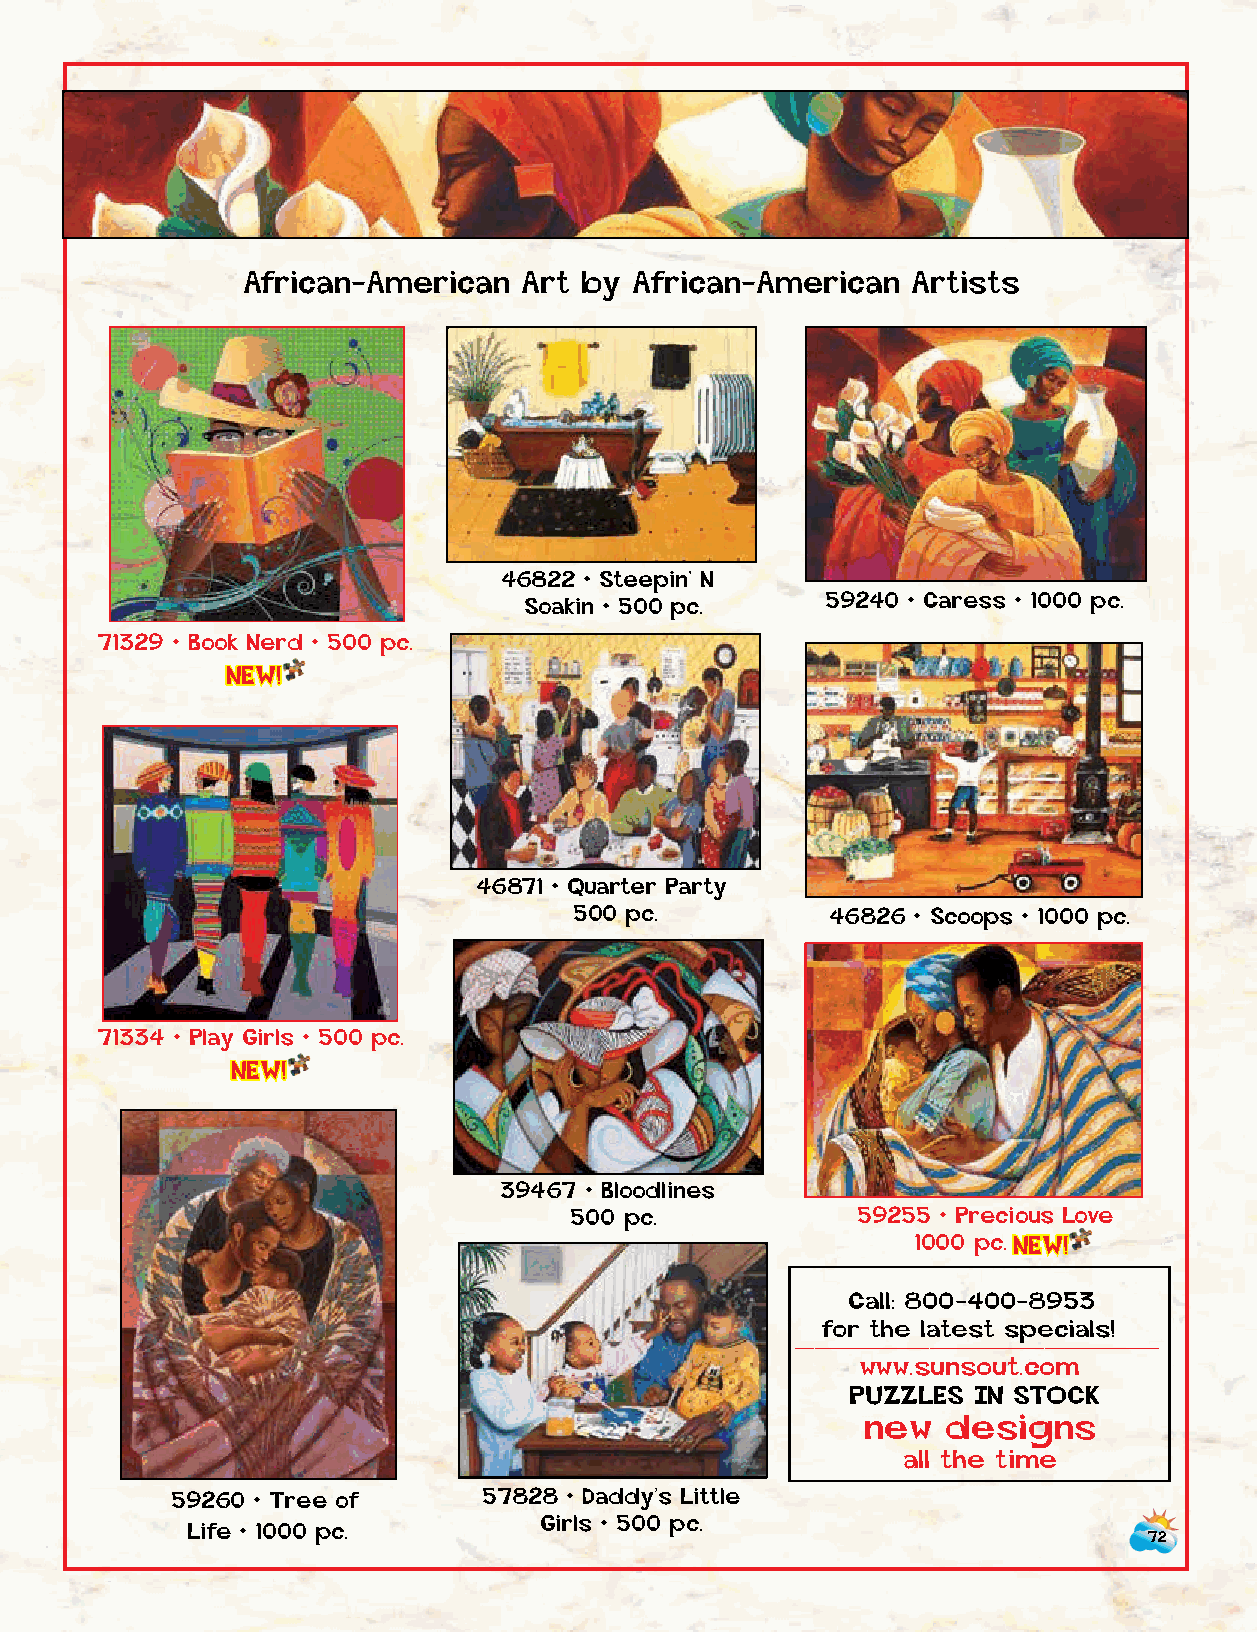
African-American   Art by African-American  Artists
 50041 • The Old Christmas
 Church • 1000 pc.
 46822 • Steepin’ N
 Soakin • 500 pc.    59240 • Caress • 1000 pc.
 71329 • Book Nerd • 500 pc.
 NEW!
 46871 • Quarter Party
 500 pc.          46826 • Scoops • 1000 pc.
 71334 • Play Girls • 500 pc.
 NEW!
 39467 • Bloodlines
 500 pc.            59255 • Precious Love
 1000 p c . NEW!
 Call: 800-400-8953
 for the latest specials!
 ___________________
 www.sunsout.com
 PUZZLES IN STOCK
 new   designs
 all the time
 59260 • Tree of      57828 • Daddy’s Little
 Gethsemane
 Girls • 500 pc.
 Life • 1000 pc.
 500 pc.                                                                     72